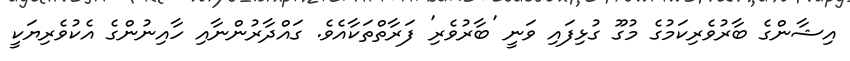
އިޝާންގެ ބާރުވެރިކަމުގެ މުގޫ ގުޅިފައި ވަނީ 'ބާރުވެރި' ފަރާތްތަކާއެވެ. ގައްދާރުންނާއި ހާއިނުންގެ އެކުވެރިޔަކީ